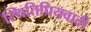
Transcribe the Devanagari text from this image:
स्थितिप्रियवादी